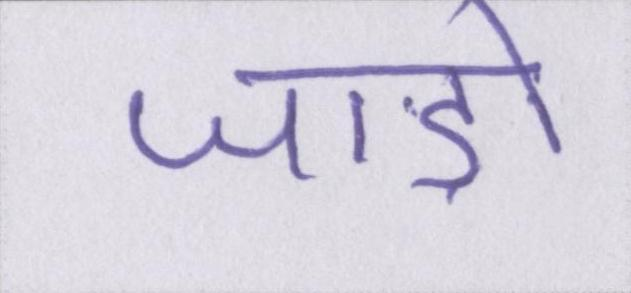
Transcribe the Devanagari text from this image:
जाड़ों